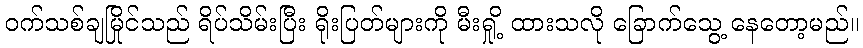
ဝက်သစ်ချမြိုင်သည် ရိပ်သိမ်းပြီး ရိုးပြတ်များကို မီးရှို့ ထားသလို ခြောက်သွေ့ နေတော့မည်။